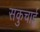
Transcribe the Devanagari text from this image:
सकुचाई